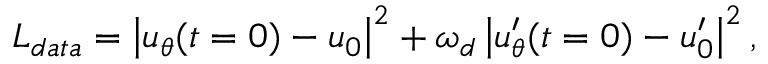
L _ { d a t a } = \left| { u _ { \theta } } ( t = 0 ) - u _ { 0 } \right| ^ { 2 } + \omega _ { d } \left| { u _ { \theta } ^ { \prime } } ( t = 0 ) - u _ { 0 } ^ { \prime } \right| ^ { 2 } ,